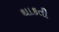
થાકતી